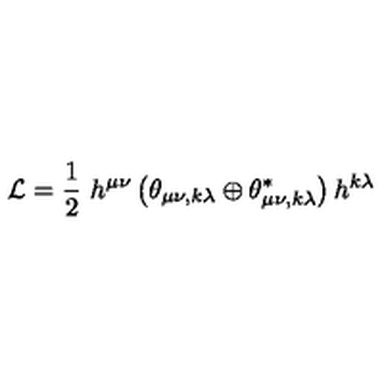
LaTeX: { \cal L } = \frac { 1 } { 2 } \ h ^ { \mu \nu } \left( \theta _ { \mu \nu , k \lambda } \oplus \theta _ { \mu \nu , k \lambda } ^ { \ast } \right) h ^ { k \lambda }